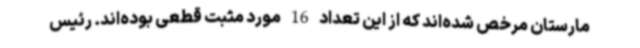
مارستان مرخص شده‌اند که از این تعداد 16 مورد مثبت قطعی بوده‌اند. رئیس